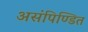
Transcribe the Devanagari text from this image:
असंपिण्डित